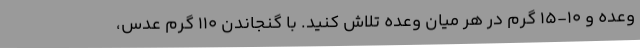
وعده و 10-15 گرم در هر میان وعده تلاش کنید. با گنجاندن 110 گرم عدس،